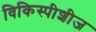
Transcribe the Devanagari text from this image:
विकिस्पीशीज